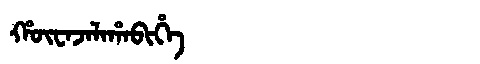
Manchu: ᡥᡡᠸᠠᠵᠠᠯᠠᡥᠠᠪᡳᡥᡝ
Romanization: HŪWAJALAHABIHE